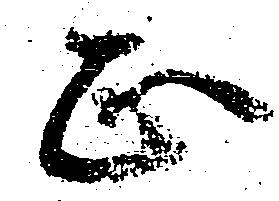
正